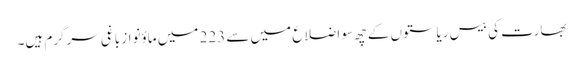
بھارت کی بیس ریاستوں کے چھ سو اضلاع میں سے 223 میں ماؤنواز باغی سرگرم ہیں۔